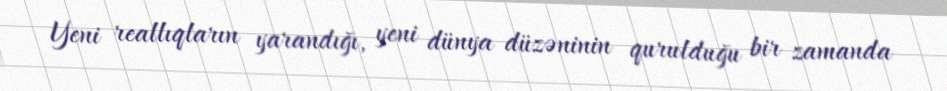
Yeni reallıqların yarandığı, yeni dünya düzəninin qurulduğu bir zamanda